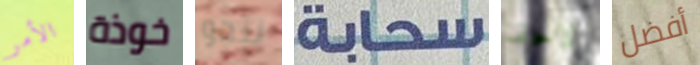
الأمر خوذة ننجو سحابة لاحقا أفضل